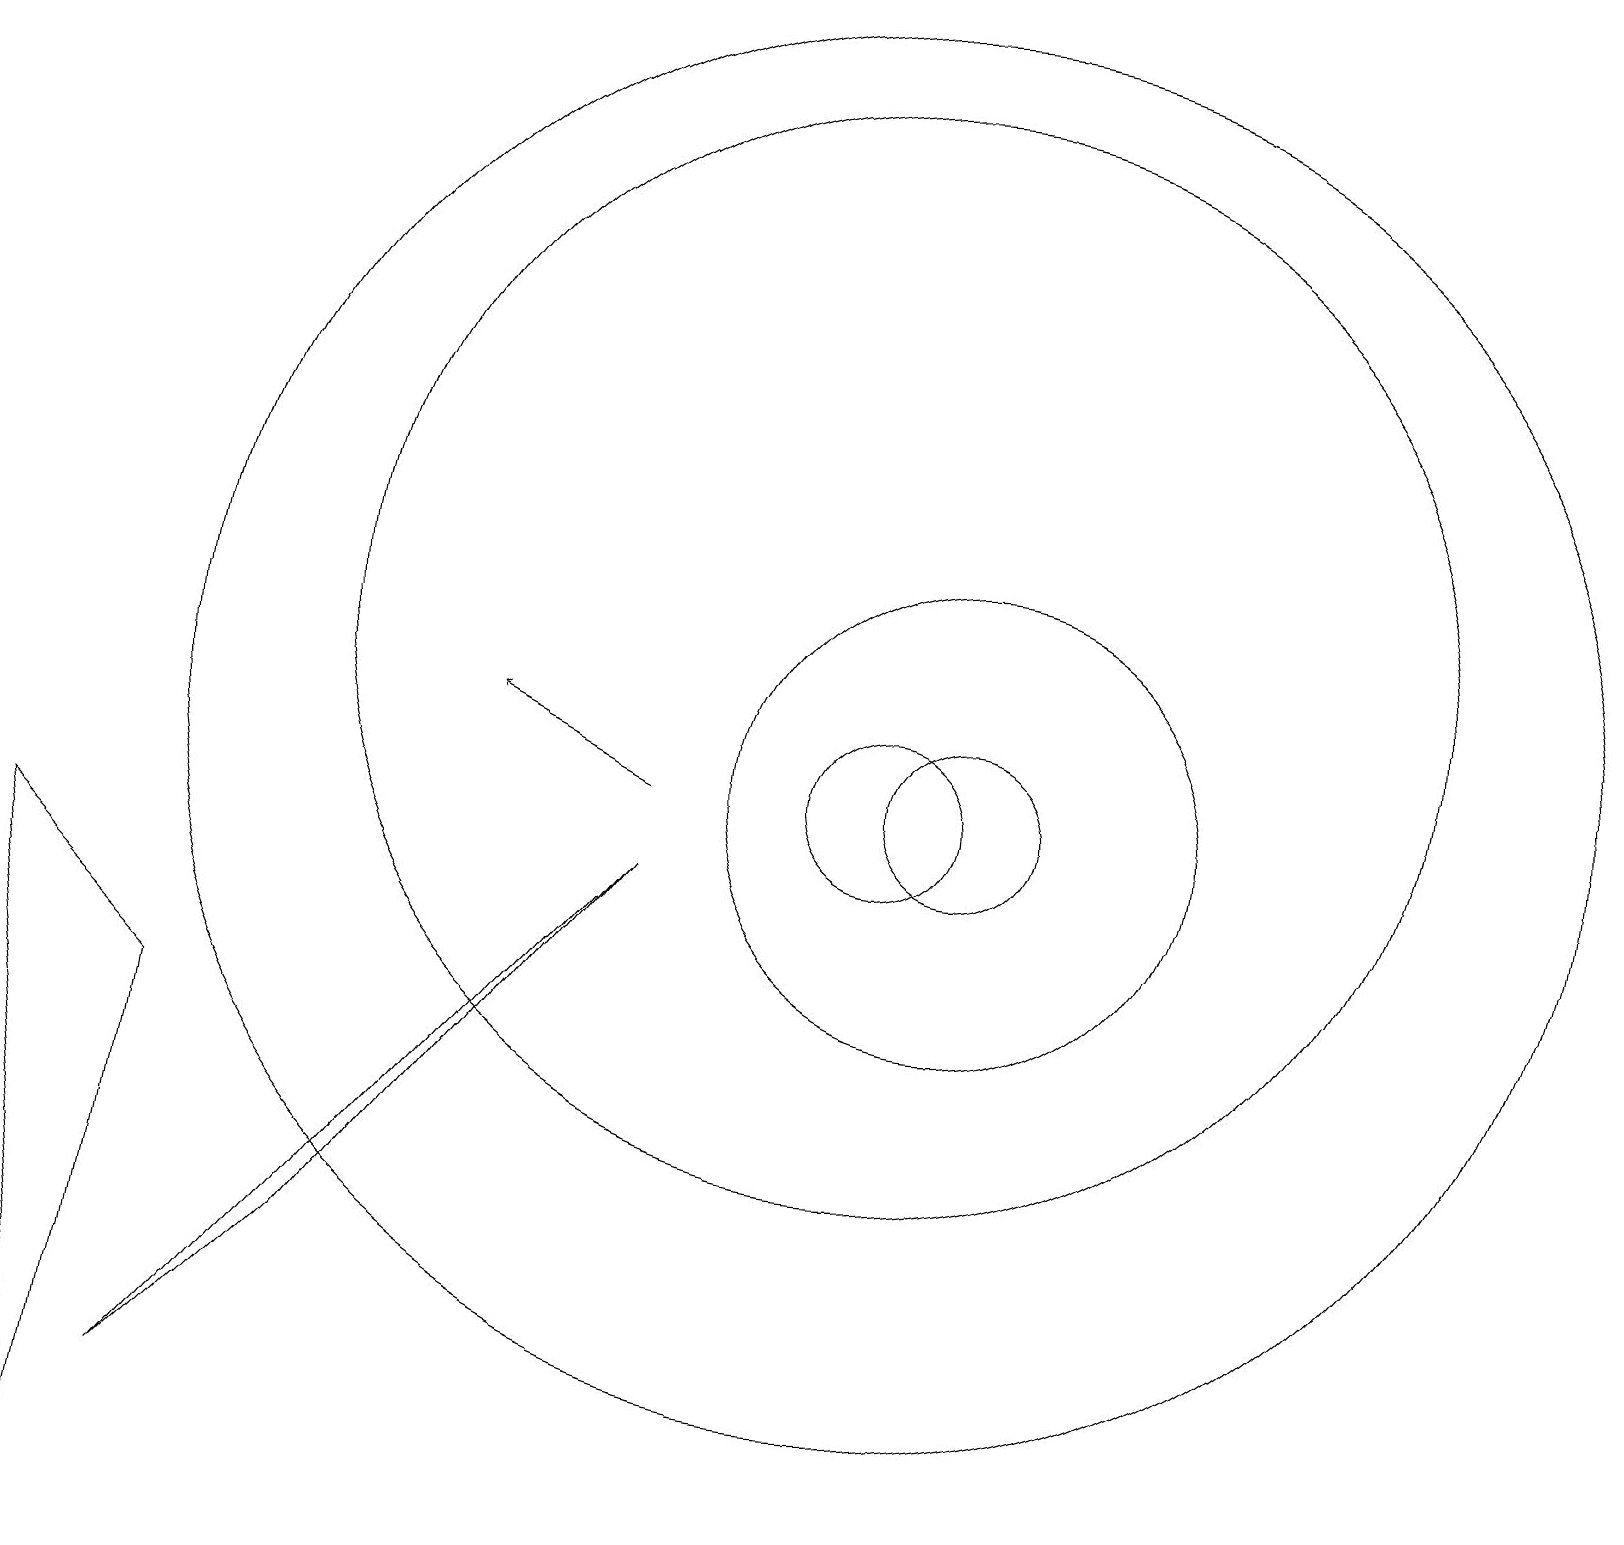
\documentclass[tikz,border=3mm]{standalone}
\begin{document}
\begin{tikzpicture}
\draw (1,1) -- (0,9) -- (2,7) -- cycle;
\draw (2,2) -- (4,4) -- (8,9) -- cycle;
\draw (11,11) circle (9);
\draw[->] (8,10) -- (6,11);
\draw (11,10) circle (1);
\draw (11,12) circle (7);
\draw (12,10) circle (3);
\draw (12,10) circle (1);
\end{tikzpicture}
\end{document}